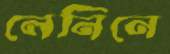
লেনিনে